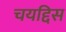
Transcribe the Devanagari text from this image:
चयद्दिस